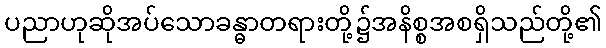
ပညာဟုဆိုအပ်သောခန္ဓာတရားတို့၌အနိစ္စအစရှိသည်တို့၏